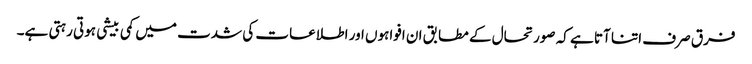
فرق صرف اتنا آتا ہے کہ صورتحال کے مطابق ان افواہوں اور اطلاعات کی شدت میں کمی بیشی ہوتی رہتی ہے۔